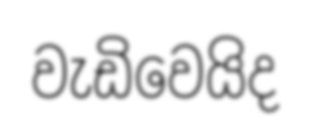
වැඩිවෙයිද